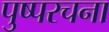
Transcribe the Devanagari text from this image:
पुष्परचना